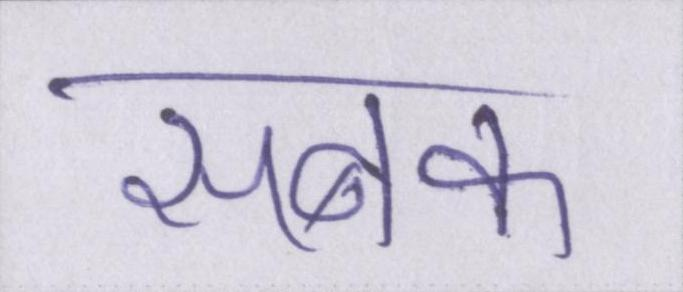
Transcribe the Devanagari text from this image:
सबक